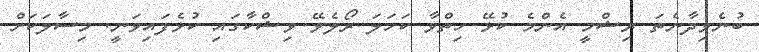
ބުނެވިދާނެތަ ރިޝްމީ އެންމެ ކުޅޭ ހިތްވާ ކަހަލަ ރޯލެވޭ ވިޝްކާގައި ކުޅެފައިވަނީ. މިސާލަކަށް